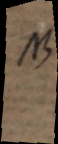
NB